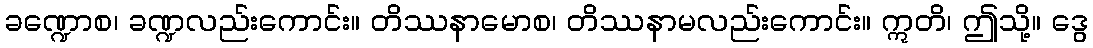
ခဏ္ဍောစ၊ ခဏ္ဍလည်းကောင်း။ တိဿနာမောစ၊ တိဿနာမလည်းကောင်း။ ဣတိ၊ ဤသို့။ ဒွေ